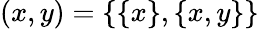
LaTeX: (x,y)=\{ \{ x\} ,\{ x,y\} \}